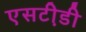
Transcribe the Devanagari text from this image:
एसटी़डी